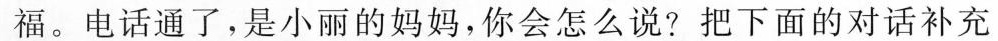
福。电话通了，是小丽的妈妈，你会怎么说?把下面的对话补充